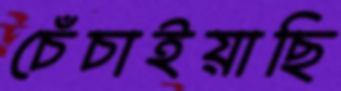
চেঁচাইয়াছি